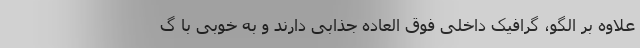
علاوه بر الگو، گرافیک داخلی فوق العاده جذابی دارند و به خوبی با گ